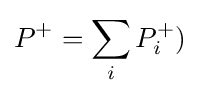
P^{+}=\sum _{i}P_{i}^{+})